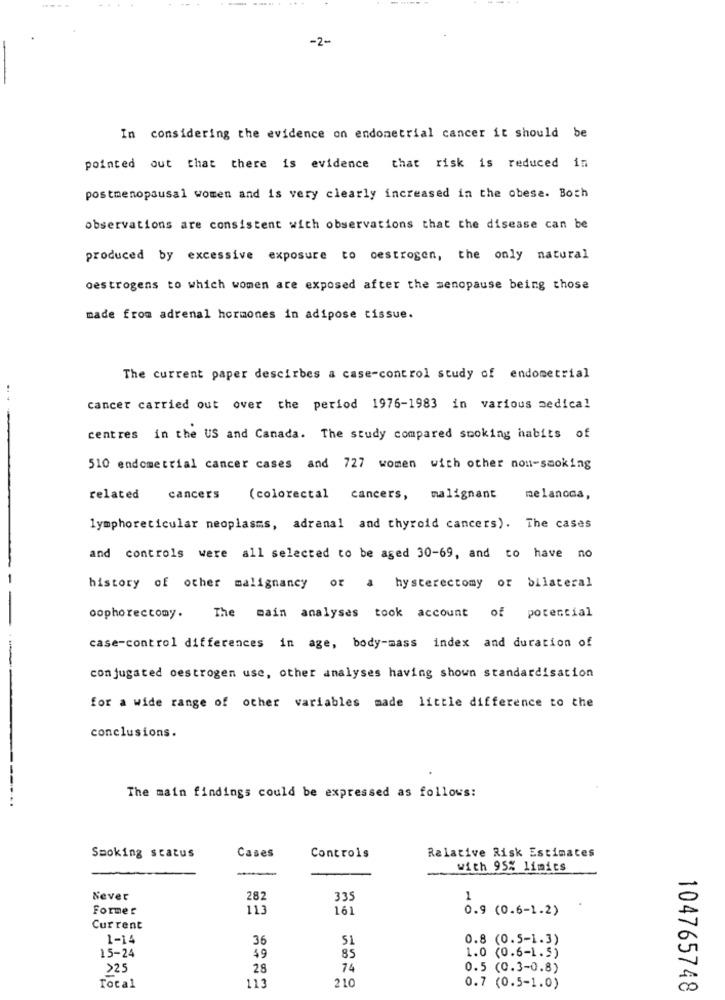
-2-
In considering the evidence on endometrial cancer it should be
pointed out that there is evidence that risk is reduced in
postmenopausal women and is very clearly increased in the obese. Boch
observations are consistent with observations that the disease can be
produced by excessive exposure to oestrogen, the only natural
oestrogens to which women are exposed after the menopause being those
made from adrenal hormones in adipose tissue.
The current paper descirbes a case-control study of endometrial
cancer carried out over the period 1976-1983 in various medical
centres in the US and Canada. The study compared smoking habits of
510 endometrial cancer cases and 727 women with other non-smoking
related
cancers
(colorectal cancers, malignant
melanoca,
lymphoreticular neoplasms, adranal and thyroid cancers). The cases
and controls were all selected to be aged 30-69, and to have no
history of other malignancy or a hysterectomy or bilateral
oophoreccomy.
The main analyses took account of potential
case-control differences in age, body-mass index and duration of
conjugated oestrogen use, other analyses having shown standardisation
for a wide range of other variables made little difference to the
conclusions.
-----...
The main findings could be expressed as follows:
Cases
Smoking status
Controls
Relative Risk Estimates
---
with 95% limics
Never
282
335
1
Former
113
161
0.9 (0.6-1.2)
Current
1-14
36
51
0.8 (0.5-1.3)
15-24
$9
85
1.0 (0.6-1.5)
>25
28
74
0.5 (0.3-0.8)
210
Total
113
0.7 (0.5-1.0)
104765748